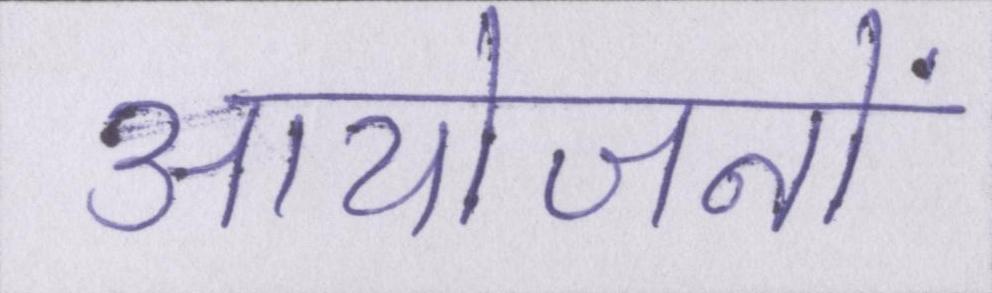
आयोजनों